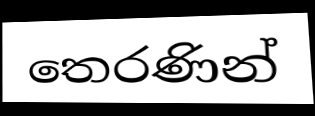
තෙරණින්